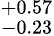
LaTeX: ^{+0.57}_{-0.23}